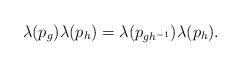
LaTeX: \begin{align*}\lambda (p_g ) \lambda (p_h ) = \lambda (p_{gh^{-1}}) \lambda (p_h ). \end{align*}